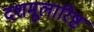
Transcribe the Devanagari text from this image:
दशमूलारिष्ट